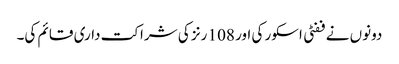
دونوں نے ففٹی اسکور کی اور 108 رنز کی شراکت داری قائم کی۔